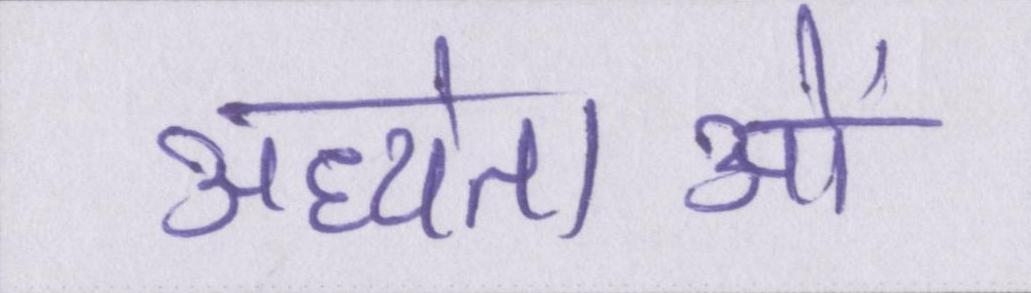
अध्येताओं